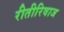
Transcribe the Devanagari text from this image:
रीतीरिवाज